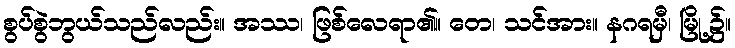
စွပ်စွဲဘွယ်သည်လည်း။ အဿ၊ ဖြစ်လေရာ၏။ တေ၊ သင်အား။ နဂရမှီ၊ မြို့၌။